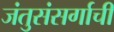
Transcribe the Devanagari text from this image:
जंतुसंसर्गाची